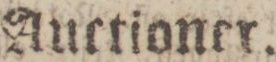
Auctioner.